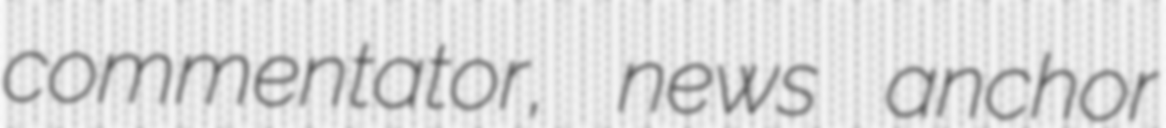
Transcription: commentator, news anchor